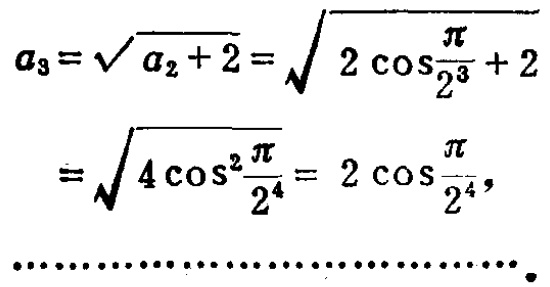
\[
\begin{align*}
a_{3}&=\sqrt{a_{2} + 2}=\sqrt{2\cos\frac{\pi}{2^{3}}+2}\\
&=\sqrt{4\cos^{2}\frac{\pi}{2^{4}}}=2\cos\frac{\pi}{2^{4}},\\
\end{align*}
\]